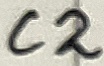
Text: C2